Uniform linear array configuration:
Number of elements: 48
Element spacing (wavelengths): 0.5
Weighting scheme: cosine
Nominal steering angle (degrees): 45
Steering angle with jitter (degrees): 45.174
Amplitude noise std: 0.05
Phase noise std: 0.05

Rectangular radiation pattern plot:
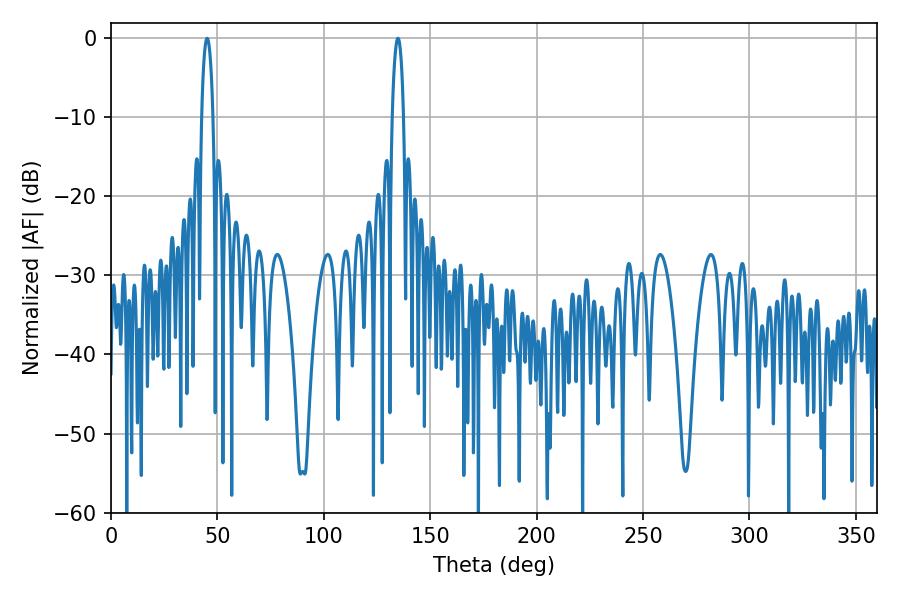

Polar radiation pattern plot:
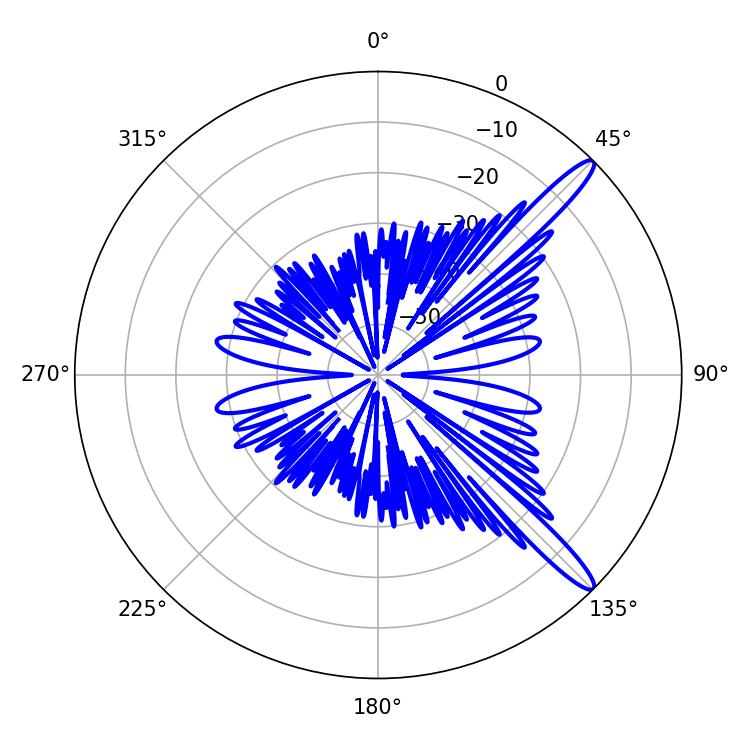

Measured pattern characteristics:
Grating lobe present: FALSE
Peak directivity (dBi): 13.768
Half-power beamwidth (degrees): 2.88
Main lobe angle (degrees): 45.18